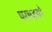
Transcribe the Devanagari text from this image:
परचइयों